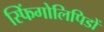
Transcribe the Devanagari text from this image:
स्फिंगोलिपिडों